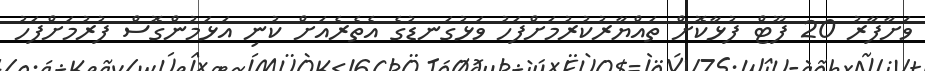
ވަށާފާރު 20 ފޫޓް ފުޅާކޮށް ތައްޔާރުކުރުމަށްފަހު ވަޅުގަނޑުގެ އެތެރެއަށް ކުނި އަޅަމުންގޮސް ފުރުމަށްފަހު